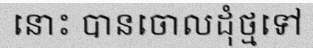
នោះ បានចោលដុំថ្មទៅ